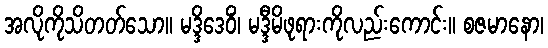
အလိုကိုသိတတ်သော။ မဒ္ဒိဒေဝိံ၊ မဒ္ဒီမိဖုရားကိုလည်းကောင်း။ စဇမာနော၊